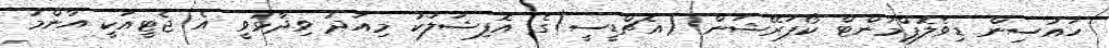
ހައުސިން ޑިވެލޮޕްމަންޓް ކޯޕަރޭޝަން (އެޗްޑީސީ)ގެ އޮފިޝަލަކު މިއަދު ވިދާޅުވީ އެ ޖެޓީއަކީ އާންމު